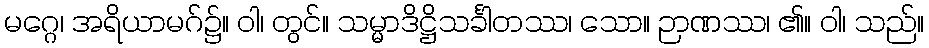
မဂ္ဂေ၊ အရိယာမဂ်၌။ ဝါ၊ တွင်။ သမ္မာဒိဋ္ဌိသင်္ခါတဿ၊ သော။ ဉာဏဿ၊ ၏။ ဝါ၊ သည်။